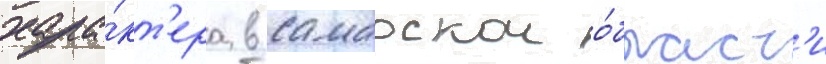
хара́кт'ера в самарскои о́бласт'и